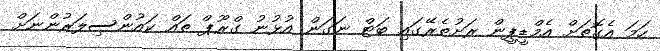
ހަމަ އެގޮތަށް އެމްޑީޕީން ރަށުތެރޭގައި ބަޓް ނަގަން އުޅުނު ގްރޫޕް ތައް ކައުންސިލަރުންނަށް